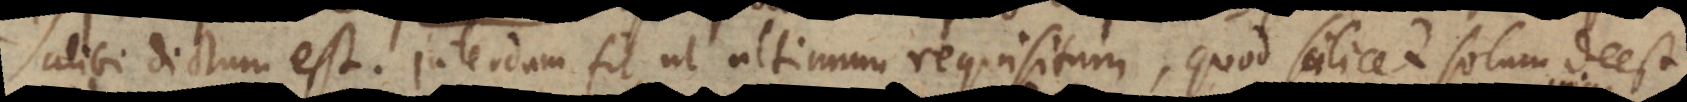
alibi dictum est. Interdum fit, ut ultimum requisitum, quod scilicet solum deest